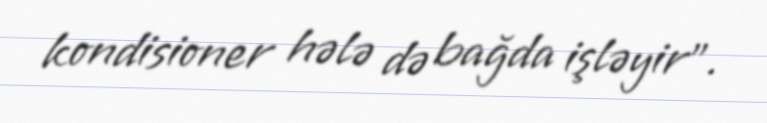
kondisioner hələ də bağda işləyir”.